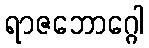
ရာဇဘောဂ္ဂေါ